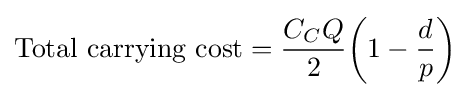
{\text{Total carrying cost}}={\frac {C_{C}Q}{2}}{\bigg (}1-{\frac {d}{p}}{\bigg )}